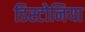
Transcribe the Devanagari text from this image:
डिस्टोनिया